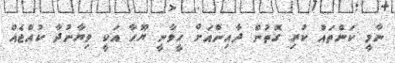
ނާމީ ކަންތައް ކުރި ގޮތުން ދާއިންއަށް ހީވާނީ ޔޫހާ އަކީ ވިޔާނުދާ ކުއްޖެއް